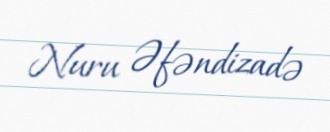
Nuru Əfəndizadə